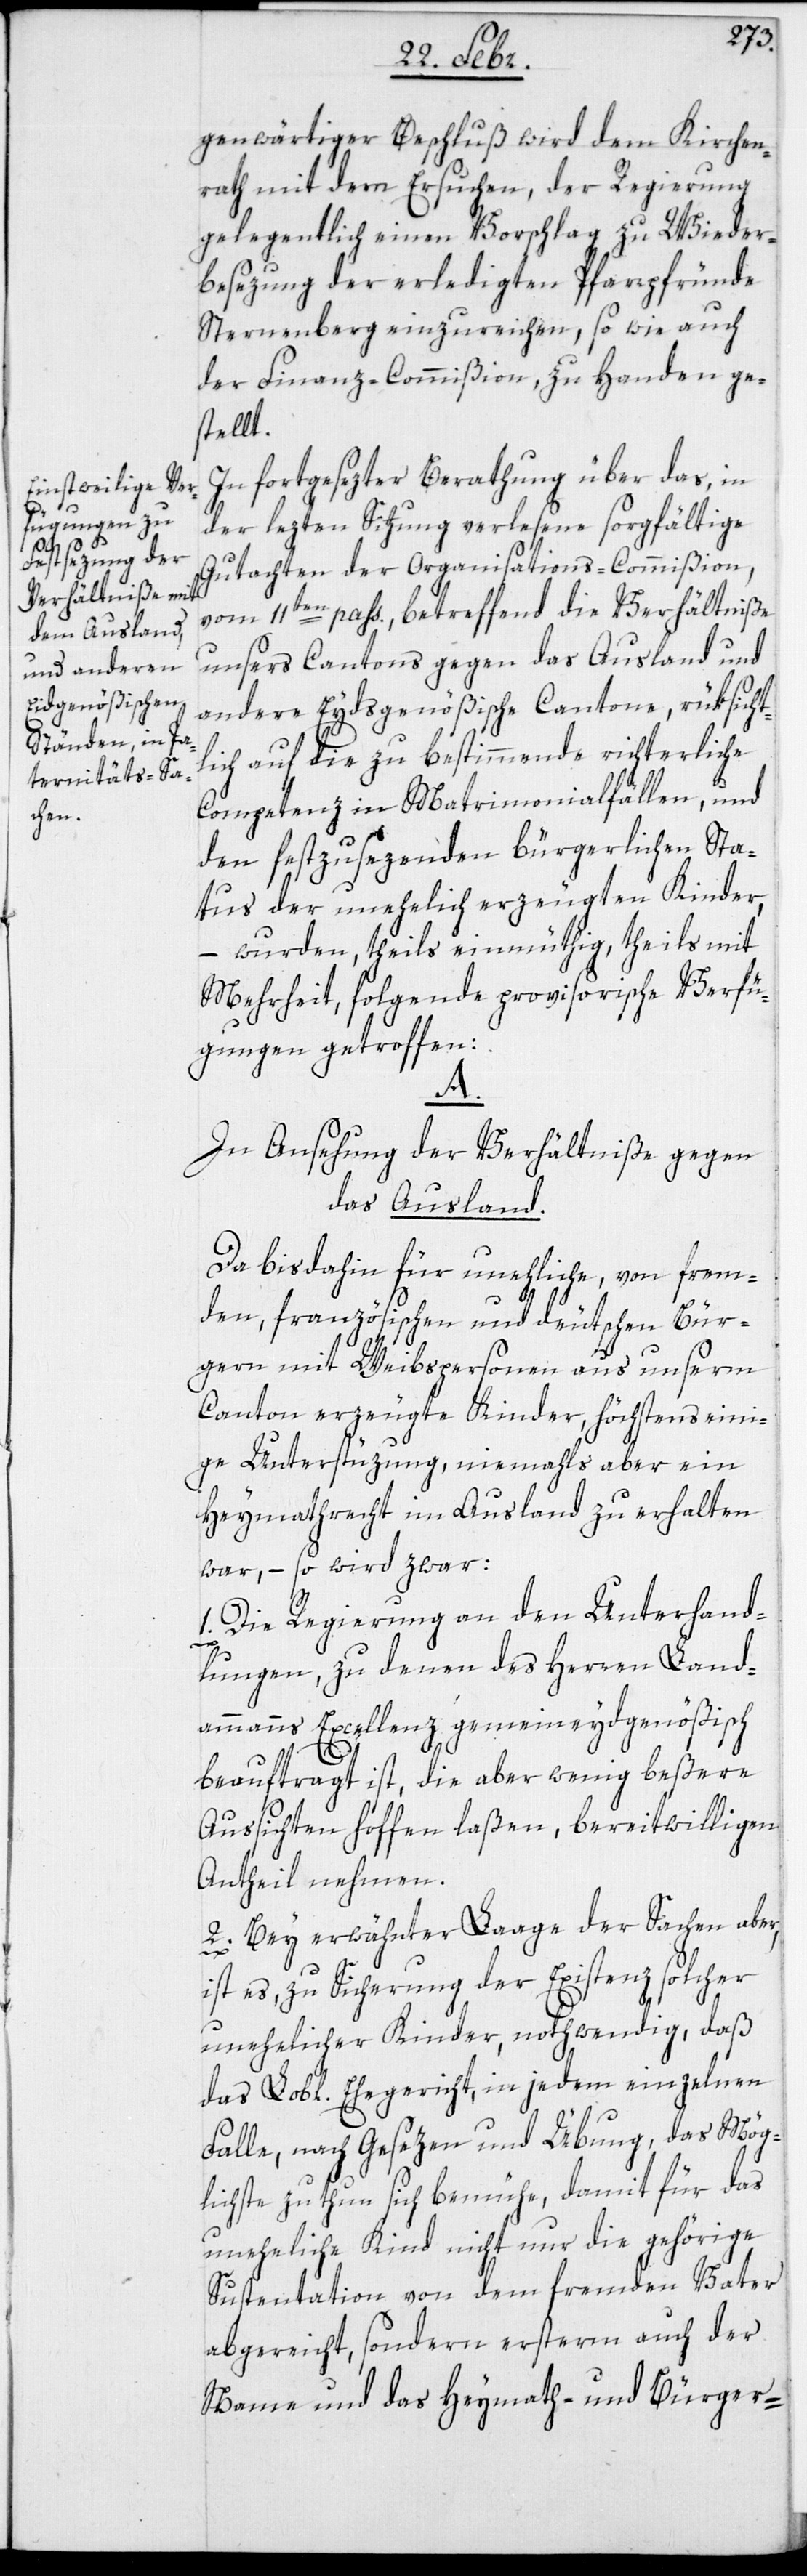
genwärtiger Beschluß wird dem Kirchen¬
rath mit dem Ersuchen, der Regierung
gelegentlich einen Vorschlag zu Wieder¬
besezung der erledigten Pfarrpfründe
Sternenberg einzureichen, so wie auch
der Finanz-Commißion, zu Handen ge¬
stellt.
In fortgesezter Berathung über das, in
der lezten Sitzung verlesene sorgfältige
Gutachten der Organisations-Commißion,
vom 11ten pass., betreffend die Verhältniße
unsers Cantons gegen das Ausland und
andere Eydsgenößische Cantone, rüksicht¬
lich auf die zu bestimmende richterliche
Competenz in Matrimonialfällen, und
den festzusezenden bürgerlichen Sta¬
tus der unehelich erzeugten Kinder,
– wurden, theils einmüthig, theils mit
Mehrheit, folgende provisorische Verfü¬
gungen getroffen:
and.
In Ansehung der Verhältniße gegen
Da bisdahin für uneheliche, von frem¬
den, französischen und deutschen Bür¬
gern mit Weibspersonen aus unserm
Canton erzeugte Kinder, höchstens eini¬
ge Unterstüzung, niemahls aber ein
Heymathrecht im Ausland zu erhalten
war, – so wird zwar:
1. Die Regierung an den Unterhand¬
lungen, zu denen des Herren Land¬
ammanns Excellenz gemeineydgenößisch
beauftragt ist, die aber wenig beßere
Aussichten hoffen laßen, bereitwilligen
Antheil nehmen.
2. Bey erwähnter Laage der Sachen aber,
ist es, zu Sicherung der Existenz solcher
unehelicher Kinder, nothwendig, daß
das Lobl. Ehegericht, in jedem einzelnen
Falle, nach Gesezen und Übung, das Mög¬
lichste zu thun sich bemühe, damit für das
uneheliche Kind nicht nur die gehörige
Sustentation von dem fremden Vater
abgereicht, sondern ersterm auch der
Name und das Heymath- und Bürger-